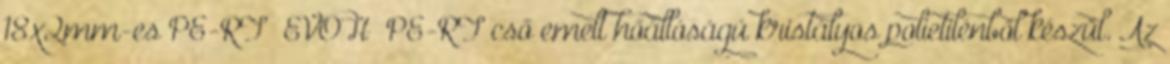
18x2mm-es PE-RT EVOH PE-RT cső emelt hőállóságú kristályos polietilénből készül. Az